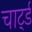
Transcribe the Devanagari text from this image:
चार्ट्ड